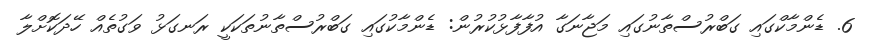
6. ޑެންމާކްގައި ގަބްރުސްތާނުގައި މަޖާނަގާ އުފާފާޅުކުރުން: ޑެންމާކުގައި ގަބްރުސްތާނުތަކަކީ ރަނގަޅު ވަގުތެއް ހޭދަކޮށްލާ